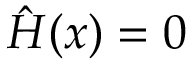
{ \hat { H } } ( x ) = 0